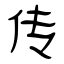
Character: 传